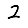
Digit: 2